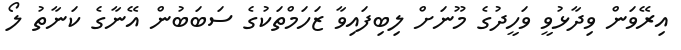
އިރޭވަން ވިދާޅުވީ ވަހީދުގެ މޫނަށް ލިބިފައިވާ ޒަހަމްތަކުގެ ސަބަބުން އޭނާގެ ކަނާތު ލޯ